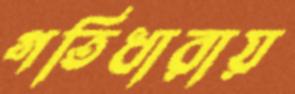
গতিধারায়